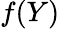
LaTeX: f(Y)